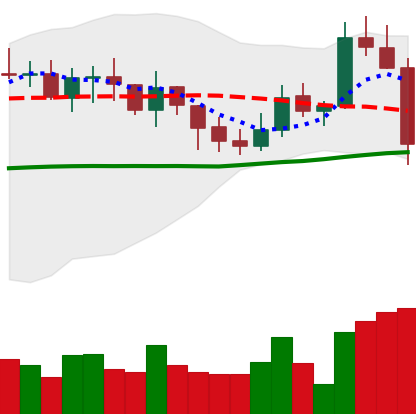
Ticker: XMR-USD
Chart end date: 2021-10-27
Forward return: 6.007%
Label: up_5_7